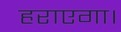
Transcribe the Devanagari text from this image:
हराएगा।